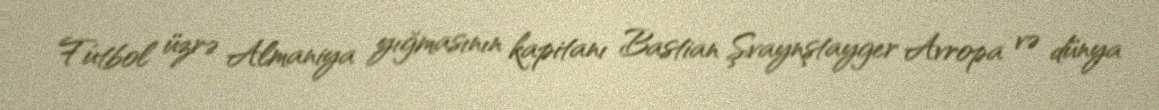
Futbol üzrə Almaniya yığmasının kapitanı Bastian Şvaynştayger Avropa və dünya